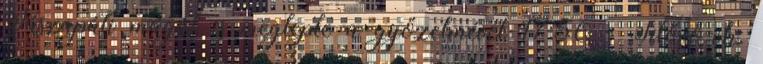
Jászapáti magát is meglepte a győzelmével 17:50 - Sílövő-vk: